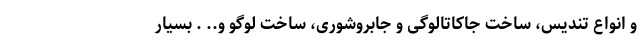
و انواع تندیس، ساخت جاکاتالوگی و جابروشوری، ساخت لوگو و.. . بسیار